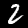
Digit: 2